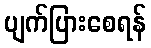
ပျက်ပြားစေရန်